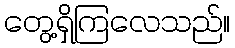
တွေ့ရှိကြလေသည်။